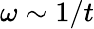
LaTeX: \omega\sim 1/t